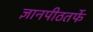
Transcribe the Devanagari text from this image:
ज्ञानपीठतर्फे